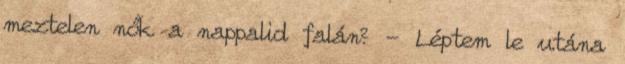
meztelen nők a nappalid falán? - Léptem le utána